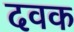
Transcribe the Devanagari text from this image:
दवक